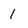
Character: 1